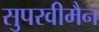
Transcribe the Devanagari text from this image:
सुपरवीमैन